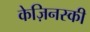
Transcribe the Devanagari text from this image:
केज़िनस्की